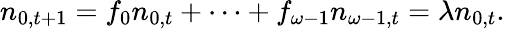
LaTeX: n_{0,t+1}=f_{0}n_{0,t}+\cdots+f_{\omega-1}n_{\omega-1,t}=\lambda n_{0,t}.